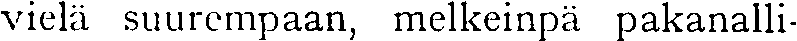
vielä suurempaan, melkeinpä pakanalli-